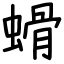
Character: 螖